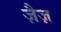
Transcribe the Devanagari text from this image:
ज़ैज़